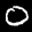
Label: 0